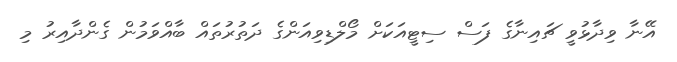
އޭނާ ވިދާޅުވީ ޗައިނާގެ ފަސް ސިޓީއަކަށް މޯލްޑިވިއަންގެ ދަތުރުތައް ބާއްވަމުން ގެންދާއިރު މި